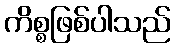
ကိစ္စဖြစ်ပါသည်